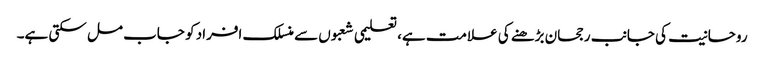
روحانیت کی جانب رجحان بڑھنے کی علامت ہے، تعلیمی شعبوں سے منسلک افراد کو جاب مل سکتی ہے۔